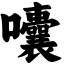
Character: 囔